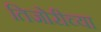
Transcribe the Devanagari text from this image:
तिजोरीच्या